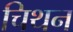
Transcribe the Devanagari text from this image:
चिथन